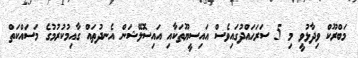
މަބްރޫކް ވިދާޅުވީ މި 5 ސަރަޙައްދުގައިވެސް އައިސީޔޫތަކާއި އައިސޮލޭޝަން އެނދުތައް ގާއިމުކުރުމުގެ މަސައްކަތް